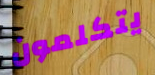
يتكلمون